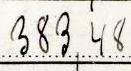
383,48